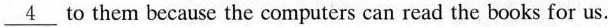
\underline{4} to them because the computers can read the books for us.